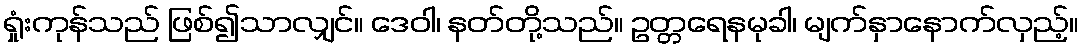
ရှုံးကုန်သည် ဖြစ်၍သာလျှင်။ ဒေဝါ၊ နတ်တို့သည်။ ဥတ္တရေနမုခါ၊ မျက်နှာနောက်လှည့်။